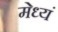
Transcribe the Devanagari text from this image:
मेध्यं